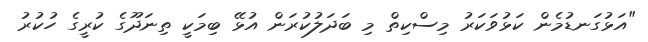
"އަޅުގަނޑުމެން ކަޅުވަކަރު މިސްކިތް މި ބަދަލުކުރަން އުޅޭ ބިމަކީ ތިނަދޫގެ ކުރީގެ ހުކުރު